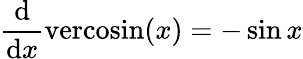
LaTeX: {\frac{\mathrm{d}}{\mathrm{d}x}}\mathrm{vercosin}(x)=-\sin{x}